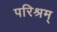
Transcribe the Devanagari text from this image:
परिश्रम्